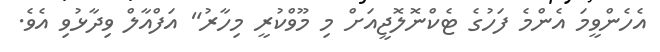
އެހެންވީމަ އެންމެ ފަހުގެ ޓެކްނޮލޮޖީއަށް މި މޫވްކުރީ މިހާރު" އަފްއާލް ވިދާޅުވި އެވެ.